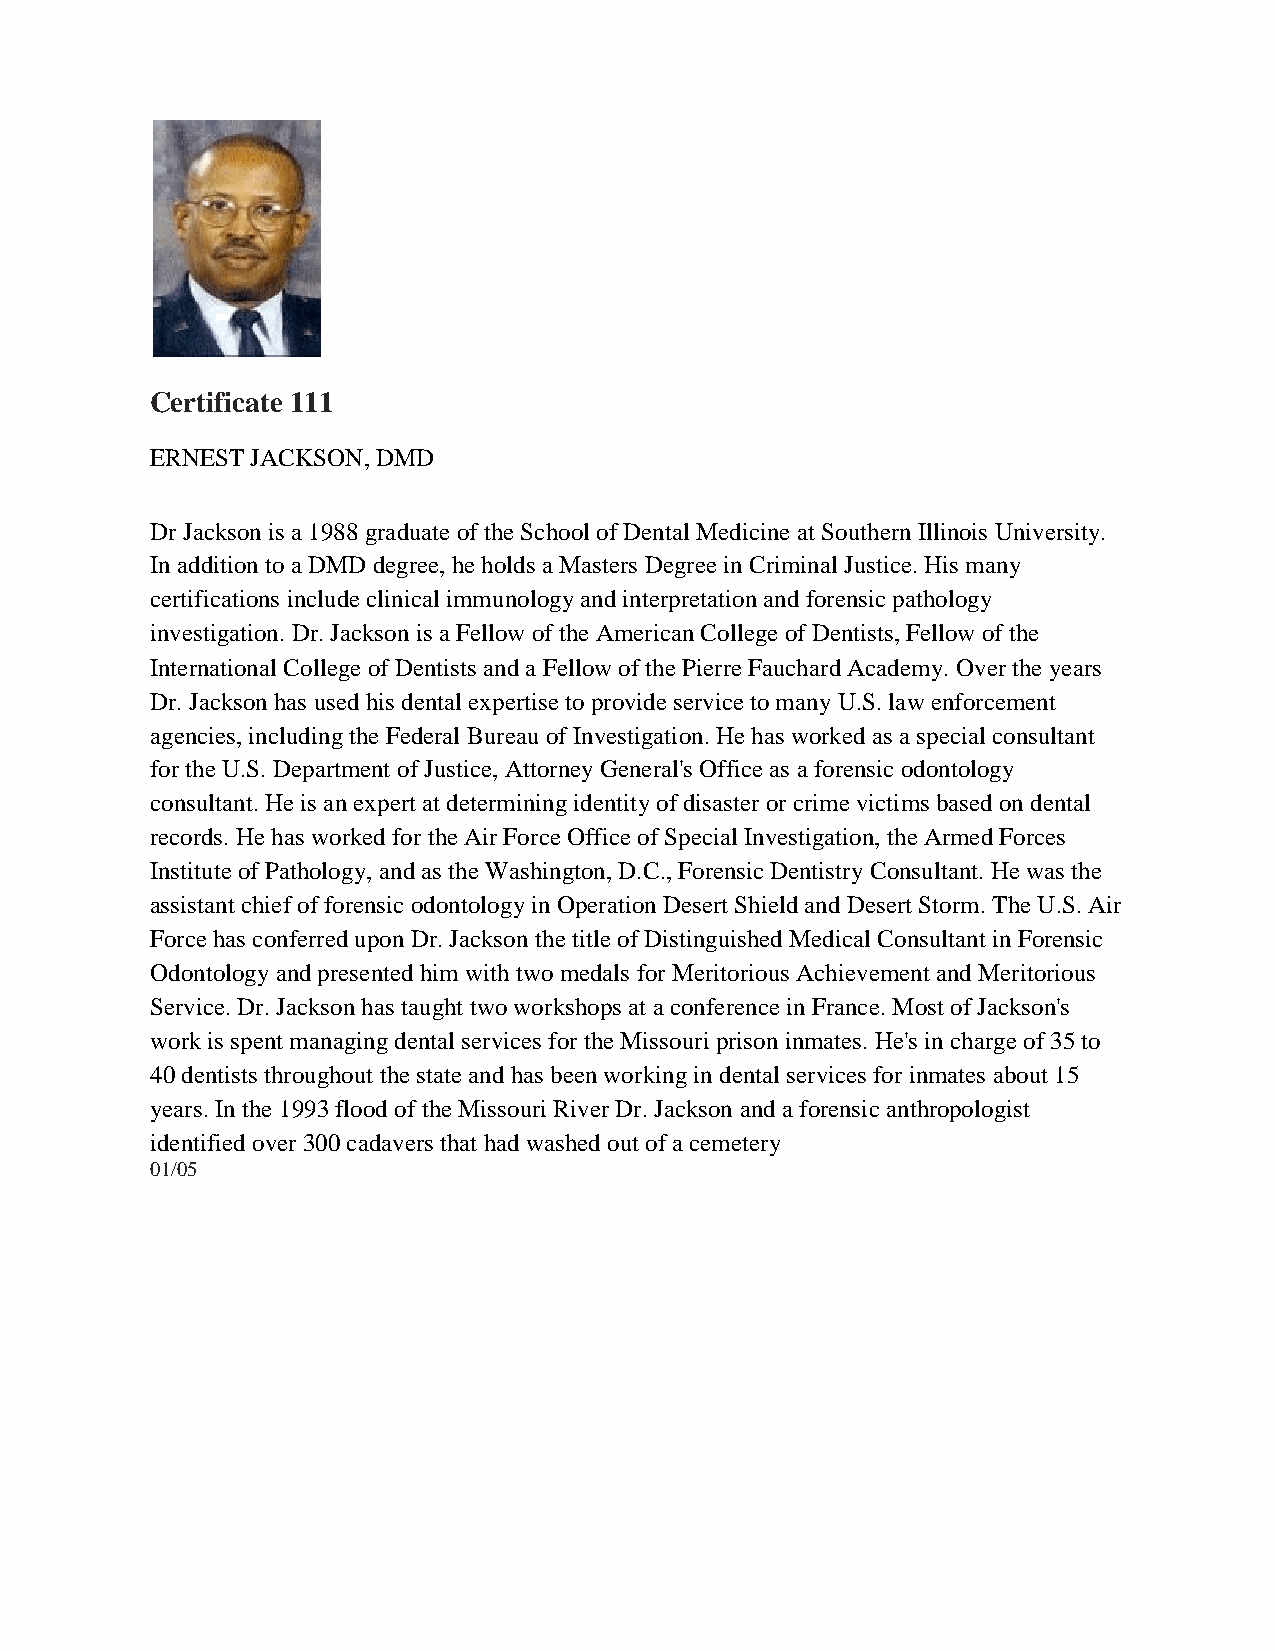
Certificate 111
 ERNEST JACKSON, DMD
 Dr Jackson is a 1988 graduate of the School of Dental Medicine at Southern Illinois University.
 In addition to a DMD degree, he holds a Masters Degree in Criminal Justice. His many
 certifications include clinical immunology and interpretation and forensic pathology
 investigation. Dr. Jackson is a Fellow of the American College of Dentists, Fellow of the
 International College of Dentists and a Fellow of the Pierre Fauchard Academy. Over the years
 Dr. Jackson has used his dental expertise to provide service to many U.S. law enforcement
 agencies, including the Federal Bureau of Investigation. He has worked as a special consultant
 for the U.S. Department of Justice, Attorney General's Office as a forensic odontology
 consultant. He is an expert at determining identity of disaster or crime victims based on dental
 records. He has worked for the Air Force Office of Special Investigation, the Armed Forces
 Institute of Pathology, and as the Washington, D.C., Forensic Dentistry Consultant. He was the
 assistant chief of forensic odontology in Operation Desert Shield and Desert Storm. The U.S. Air
 Force has conferred upon Dr. Jackson the title of Distinguished Medical Consultant in Forensic
 Odontology and presented him with two medals for Meritorious Achievement and Meritorious
 Service. Dr. Jackson has taught two workshops at a conference in France. Most of Jackson's
 work is spent managing dental services for the Missouri prison inmates. He's in charge of 35 to
 40 dentists throughout the state and has been working in dental services for inmates about 15
 years. In the 1993 flood of the Missouri River Dr. Jackson and a forensic anthropologist
 identified over 300 cadavers that had washed out of a cemetery
 01/05